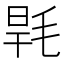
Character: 𣭸